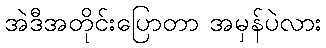
အဲဒီအတိုင်းပြောတာ အမှန်ပဲလား